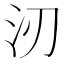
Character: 㲽